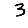
Digit: 3